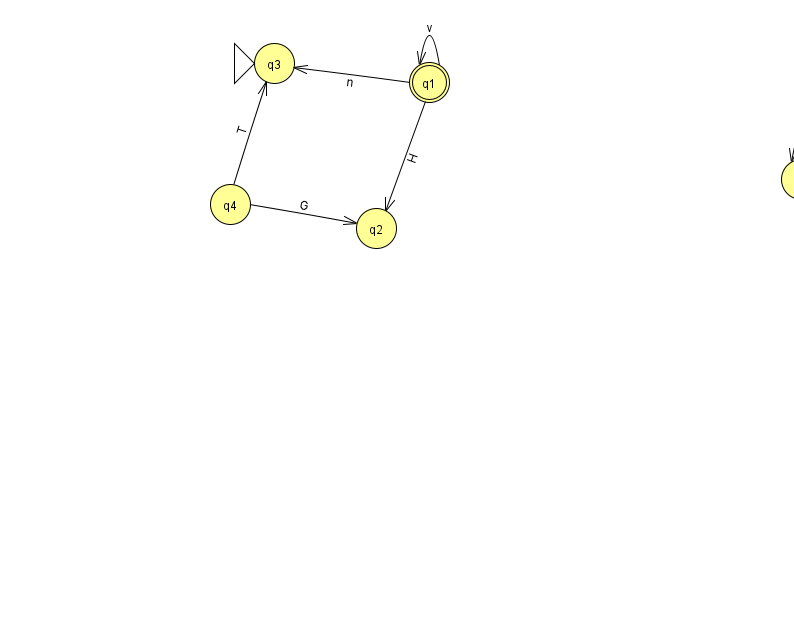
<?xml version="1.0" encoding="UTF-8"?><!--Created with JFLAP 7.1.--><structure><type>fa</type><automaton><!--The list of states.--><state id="0" name="q0"><x>801.0</x><y>166.0</y></state><state id="1" name="q1"><x>429.0</x><y>69.0</y><final/></state><state id="2" name="q2"><x>376.0</x><y>215.0</y></state><state id="3" name="q3"><x>274.0</x><y>50.0</y><initial/></state><state id="4" name="q4"><x>230.0</x><y>191.0</y></state><!--The list of transitions.--><transition><from>0</from><to>0</to><read>B</read></transition><transition><from>1</from><to>3</to><read>n</read></transition><transition><from>1</from><to>1</to><read>v</read></transition><transition><from>4</from><to>2</to><read>G</read></transition><transition><from>1</from><to>2</to><read>H</read></transition><transition><from>4</from><to>3</to><read>T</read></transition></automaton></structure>